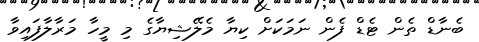
ބެނާޑް ތެން ޓެޑް ފެން ނަމަކަށް ކިޔާ މެލޭޝިޔާގެ މި މީހާ މަރާލާފައިވާ